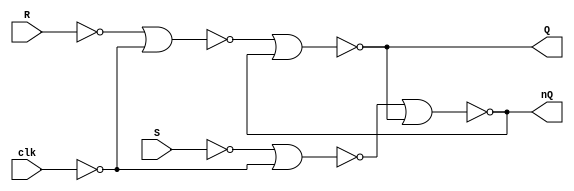
`timescale 1ns / 1ps



module RSFnor(
    input R,S, clk,
    output Q, nQ
    );
    
    assign Q = ~((~(~R|~clk))|nQ);
    assign nQ = ~((~(~S|~clk))|Q);
       
endmodule